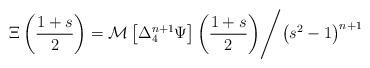
LaTeX: \begin{align*}\Xi\left(\frac{1+s}{2}\right)=\mathcal{M}\left[{\Delta}_4^{n+1}\Psi\right]\left(\frac{1+s}{2}\right)\Biggr/\big({s^2-1}\big)^{n+1}\end{align*}